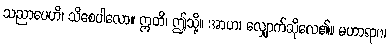
သညာပေဟိ၊ သိစေပါလော။ ဣတိ၊ ဤသို့။ အာဟ၊ လျှောက်ဆိုလေ၏။ မဟာရာဇ၊